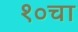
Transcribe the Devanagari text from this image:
१०चा